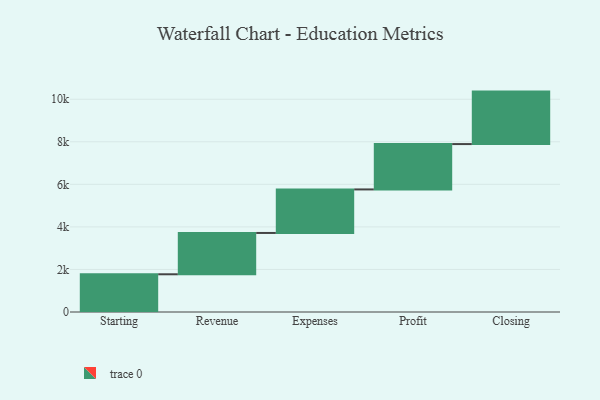
{"axis": {"x": "Step", "y": "Value"}, "legend": [""], "data": [{"x": "Starting", "y": 1773.0, "type": ""}, {"x": "Revenue", "y": 1942.0, "type": ""}, {"x": "Expenses", "y": 2046.0, "type": ""}, {"x": "Profit", "y": 2132.0, "type": ""}, {"x": "Closing", "y": 2466.0, "type": ""}]}